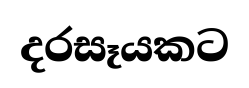
දරසෑයකට